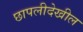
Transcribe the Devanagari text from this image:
छापलीदेखील